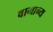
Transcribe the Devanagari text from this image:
वामान्य